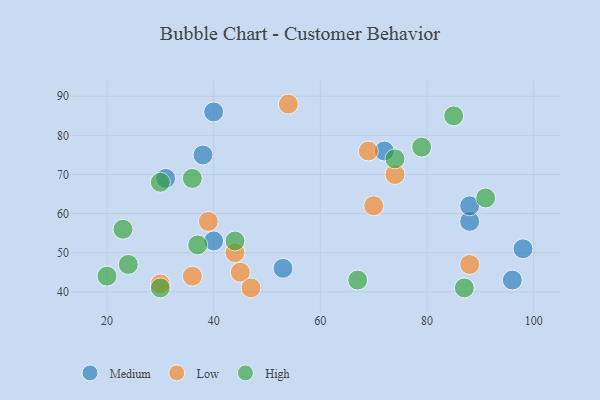
{"axis": {"x": "GDP", "y": "Life Expectancy"}, "legend": ["High", "Low", "Medium"], "data": [{"x": "88", "y": 58, "type": "Medium"}, {"x": "31", "y": 69, "type": "Medium"}, {"x": "88", "y": 62, "type": "Medium"}, {"x": "72", "y": 76, "type": "Medium"}, {"x": "98", "y": 51, "type": "Medium"}, {"x": "96", "y": 43, "type": "Medium"}, {"x": "40", "y": 53, "type": "Medium"}, {"x": "38", "y": 75, "type": "Medium"}, {"x": "40", "y": 86, "type": "Medium"}, {"x": "53", "y": 46, "type": "Medium"}, {"x": "45", "y": 45, "type": "Low"}, {"x": "88", "y": 47, "type": "Low"}, {"x": "74", "y": 70, "type": "Low"}, {"x": "44", "y": 50, "type": "Low"}, {"x": "54", "y": 88, "type": "Low"}, {"x": "36", "y": 44, "type": "Low"}, {"x": "30", "y": 42, "type": "Low"}, {"x": "70", "y": 62, "type": "Low"}, {"x": "69", "y": 76, "type": "Low"}, {"x": "47", "y": 41, "type": "Low"}, {"x": "39", "y": 58, "type": "Low"}, {"x": "87", "y": 41, "type": "High"}, {"x": "67", "y": 43, "type": "High"}, {"x": "30", "y": 68, "type": "High"}, {"x": "36", "y": 69, "type": "High"}, {"x": "74", "y": 74, "type": "High"}, {"x": "79", "y": 77, "type": "High"}, {"x": "44", "y": 53, "type": "High"}, {"x": "23", "y": 56, "type": "High"}, {"x": "24", "y": 47, "type": "High"}, {"x": "85", "y": 85, "type": "High"}, {"x": "91", "y": 64, "type": "High"}, {"x": "37", "y": 52, "type": "High"}, {"x": "30", "y": 41, "type": "High"}, {"x": "20", "y": 44, "type": "High"}]}